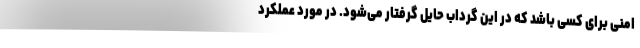
امنی برای کسی باشد که در این گرداب حایل گرفتار می‌شود. در مورد عملکرد